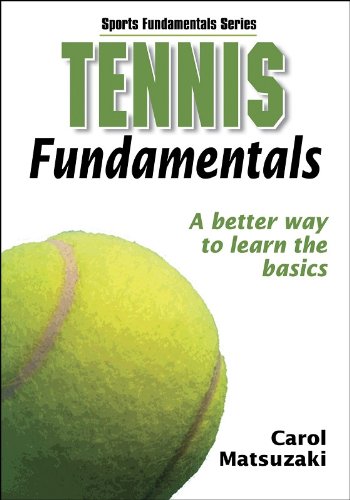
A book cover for Tennis Fundamentals (Sports Fundamentals); Human Kinetics; Sports & Outdoors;